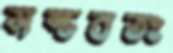
সম্ভবতঃ